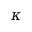
\kappa